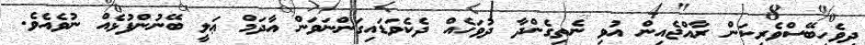
ދިވެހިބޭސްވެރިކަން ރާއްޖެއިން އުވި ނެތިގެންދާ ދުވަހެއް ދެކެވަޑައިގަންނަވަން އާދަމް ޢަލީ ބޭނުންފުޅެއް ނުވެއެވެ.